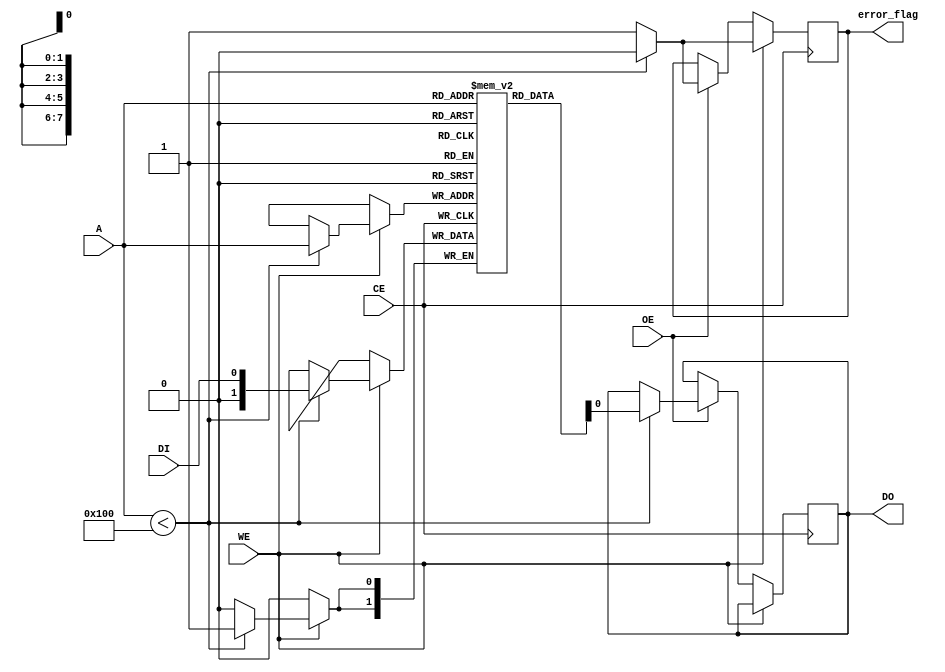
module SLC_EEPROM (
    input wire CE,         // Chip Enable
    input wire WE,         // Write Enable
    input wire OE,         // Output Enable
    input wire [N-1:0] A,  // Address lines (N configurable address lines)
    input wire DI,         // Data Input (1-bit)
    output reg DO,         // Data Output (1-bit)
    output reg error_flag   // Error flag for read/write operations
);

parameter N = 8;           // Number of address lines, adjustable as necessary
reg [1:0] memory [0:(1 << N)-1]; // Memory Array (1-bit per address)
reg [1:0] buffer;          // Internal buffer for read/write operations
reg reading;               // Flag to indicate read operation
reg writing;               // Flag to indicate write operation

// Timing parameters (use actual values for your design)
localparam READ_DELAY = 10; // Delay for read operations
localparam WRITE_DELAY = 10; // Delay for write operations

// Procedural block for read/write operations
always @(posedge CE) begin
    if (WE) begin
        // Write operation
        writing = 1'b1;
        error_flag = 1'b0; // Clear error flag

        // Perform the write operation with timing control
        #WRITE_DELAY;
        if (A < (1 << N)) begin
            memory[A] <= DI; // Write data to selected address
            writing = 1'b0; // Write complete
        end else begin
            error_flag = 1'b1; // Set error if address out of bounds
        end
    end else if (OE) begin
        // Read operation
        reading = 1'b1;
        error_flag = 1'b0; // Clear error flag

        // Perform the read operation with timing control
        #READ_DELAY;
        if (A < (1 << N)) begin
            DO <= memory[A]; // Read data from selected address
            reading = 1'b0; // Read complete
        end else begin
            error_flag = 1'b1; // Set error if address out of bounds
        end
    end
end

// Power management: Low-power mode if CE is low
always @(negedge CE) begin
    // Implement low power state logic if necessary
    // This is a placeholder for power management features
end

endmodule